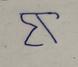
Signature authenticity: forged